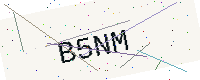
Text: B5NM